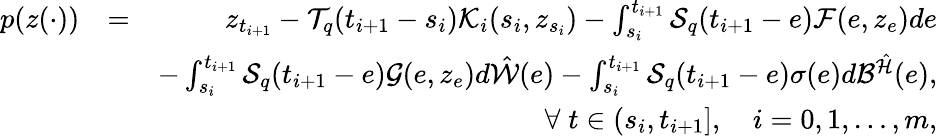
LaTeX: \begin{array}{rlr}{p(z(\cdot))}&{=}&{z_{t_{i+1}}-{\cal T}_{q}(t_{i+1}-s_{i}){\cal K}_{i}(s_{i},z_{s_{i}})-\int_{s_{i}}^{t_{i+1}}{\cal S}_{q}(t_{i+1}-e){\cal F}(e,z_{e})de}\\ &{}&{-\int_{s_{i}}^{t_{i+1}}{\cal S}_{q}(t_{i+1}-e){\cal G}(e,z_{e})d\hat{\cal W}(e)-\int_{s_{i}}^{t_{i+1}}{\cal S}_{q}(t_{i+1}-e)\sigma(e)d{\cal B}^{\hat{\cal H}}(e),}\\ &{}&{\forall\; t\in(s_{i},t_{i+1}],\quad i=0,1,\ldots,m,}\end{array}